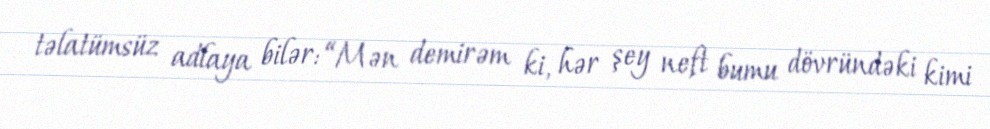
təlatümsüz adlaya bilər: “Mən demirəm ki, hər şey neft bumu dövründəki kimi